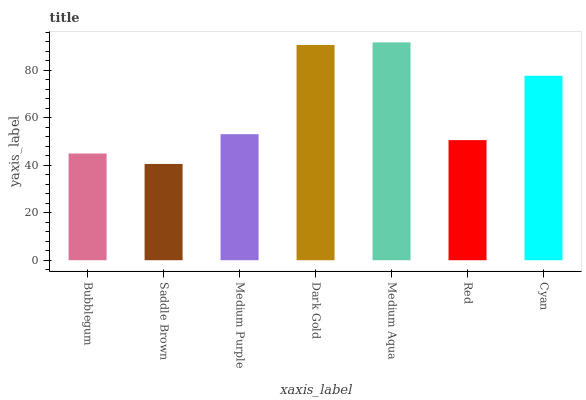
| xaxis_label | bars |
 | --- | --- |
 | Bubblegum | 45 |
 | Saddle Brown | 40.6 |
 | Medium Purple | 53.1 |
 | Dark Gold | 90.7 |
 | Medium Aqua | 91.8 |
 | Red | 50.6 |
 | Cyan | 77.7 |